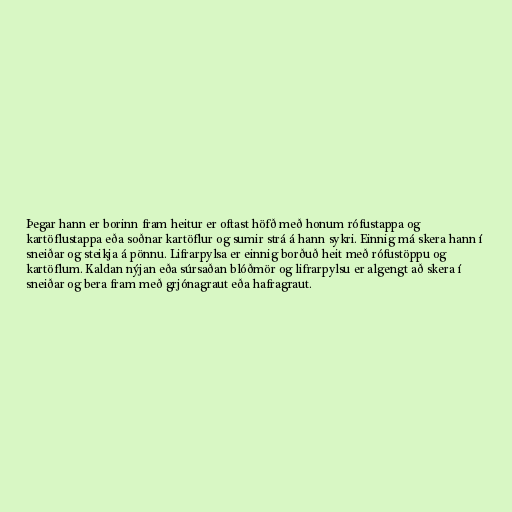
Þegar hann er borinn fram heitur er oftast höfð með honum rófustappa og
kartöflustappa eða soðnar kartöflur og sumir strá á hann sykri. Einnig má skera hann í
sneiðar og steikja á pönnu. Lifrarpylsa er einnig borðuð heit með rófustöppu og
kartöflum. Kaldan nýjan eða súrsaðan blóðmör og lifrarpylsu er algengt að skera í
sneiðar og bera fram með grjónagraut eða hafragraut.